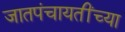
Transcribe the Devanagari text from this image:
जातपंचायतींच्या